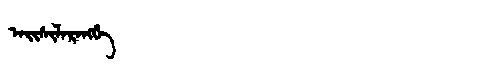
Manchu: ᠠᡳᠰᡳᠯᠠᡵᠠᠩᡤᡝ
Romanization: AISILARANGGE